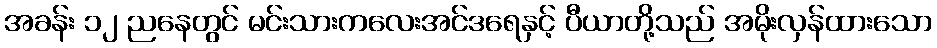
အခန်း ၁၂ ညနေတွင် မင်းသားကလေးအင်ဒရေနှင့် ပီယာတို့သည် အမိုးလှန်ထားသော